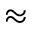
\approx